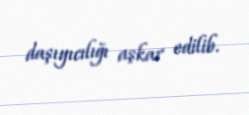
daşıyıcılığı aşkar edilib.